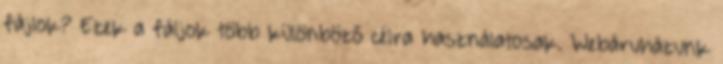
fájlok? Ezek a fáljok több különböző célra használatosak. Webáruházunk